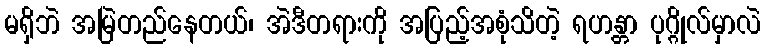
မရှိဘဲ အမြဲတည်နေတယ်၊ အဲဒီတရားကို အပြည့်အစုံသိတဲ့ ရဟန္တာ ပုဂ္ဂိုလ်မှာလဲ